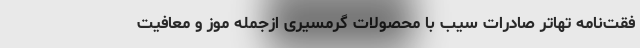
فقت‌نامه تهاتر صادرات سیب با محصولات گرمسیری ازجمله موز و معافیت